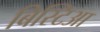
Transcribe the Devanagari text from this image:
बिस्टिआ